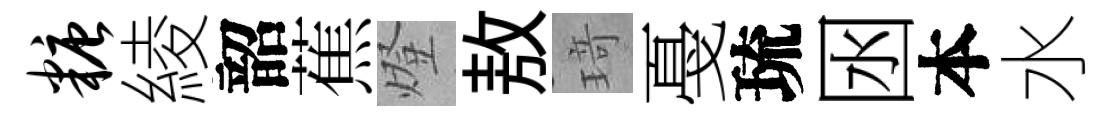
糖綾韶蕉燈敖𤦺戞琉囦本水